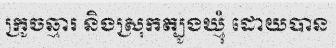
ក្រូចឆ្មារ និងស្រុកត្បូងឃ្មុំ ដោយបាន